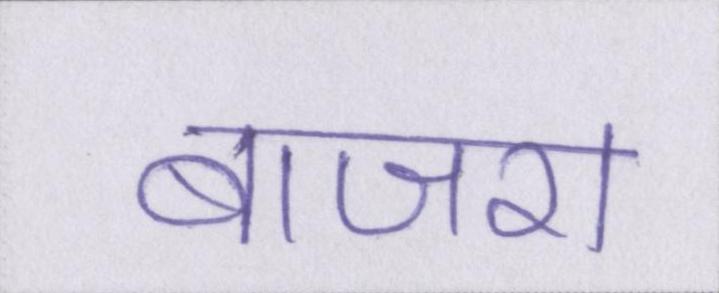
बाजरा